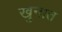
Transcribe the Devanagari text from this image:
खुनात